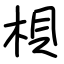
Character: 梖